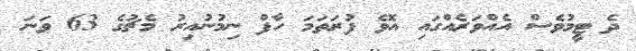
ދެ ޓީމުވެސް އެއްވަރެއްގައި އޮވެ ފުރަތަމަ ހާފް ނިމުނުއިރު މެޗުގެ 63 ވަނަ